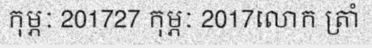
កុម្ភៈ 201727 កុម្ភៈ 2017លោក ត្រាំ